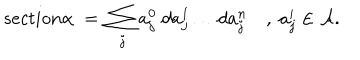
LaTeX: { s e c t i o n } \alpha \; = \; \sum _ { j } a _ { j } ^ { 0 } \; d a _ { j } ^ { 1 } \dots d a _ { j } ^ { n } \quad , \; a _ { j } ^ { i } \in { \cal A } .